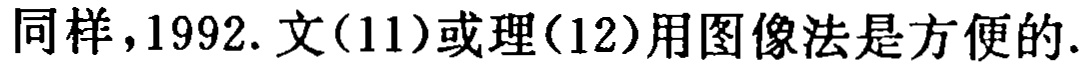
同样，1992. 文(11)或理(12)用图像法是方便的.